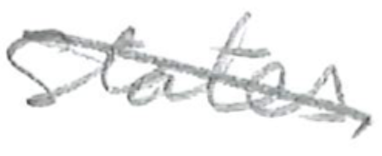
Text: States
Cross-out: diagonal
Writing tool: pencil